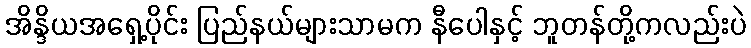
အိန္ဒိယအရှေ့ပိုင်း ပြည်နယ်များသာမက နီပေါနှင့် ဘူတန်တို့ကလည်းပဲ